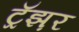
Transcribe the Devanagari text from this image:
ट्रॅझ़र